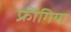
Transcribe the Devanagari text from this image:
फ्रीगिया